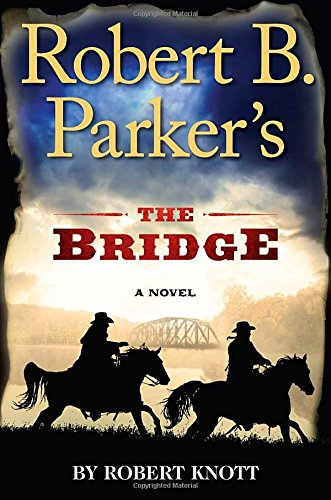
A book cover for Robert B. Parker's the Bridge (A Cole and Hitch Novel); Robert Knott; Literature & Fiction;